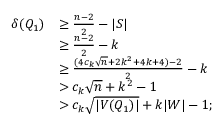
\begin{array} { r l } { \delta ( Q _ { 1 } ) } & { \geq \frac { n - 2 } { 2 } - | S | } \\ & { \geq \frac { n - 2 } { 2 } - k } \\ & { \geq \frac { ( 4 c _ { k } \sqrt { n } + 2 k ^ { 2 } + 4 k + 4 ) - 2 } { 2 } - k } \\ & { > c _ { k } \sqrt { n } + k ^ { 2 } - 1 } \\ & { > c _ { k } \sqrt { | V ( Q _ { 1 } ) | } + k | W | - 1 ; } \end{array}